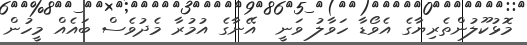
މޮޅުކޫލުންތެރިޔާގެ އެވޯޑާ ހަވާލު ވަނީ  އޭނާގެ އުމުރާ މެދުވެސް ބައެއް މީހުން